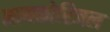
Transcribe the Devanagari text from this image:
मायकोरिजल